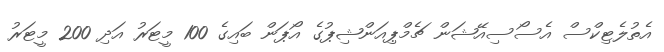
އެތުލެޓިކްސް އެސޯސިއޭޝަން ޗެމްޕިއަންޝިޕުގެ އޯޕަން ބައިގެ 100 މީޓަރު އަދި 200 މީޓަރު